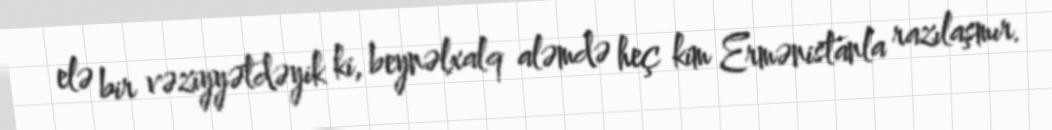
elə bir vəziyyətdəyik ki, beynəlxalq aləmdə heç kim Ermənistanla razılaşmır.